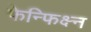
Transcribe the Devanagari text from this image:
फेन्फिक्ष्न